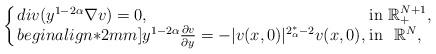
LaTeX: \begin{align*}\left\{ \arraycolsep=1.5pt\begin{array}{lll}div(y^{1-2\alpha}\nabla v) = 0, & {\rm in}\ \mathbb{R}^{N+1}_+,\\begin{align*}2mm]y^{1-2\alpha}\frac {\partial v}{\partial y} = -|v(x,0)|^{2^*_\alpha-2}v(x,0), & {\rm in}\ \ \mathbb{R}^N, \end{array} \right. \end{align*}